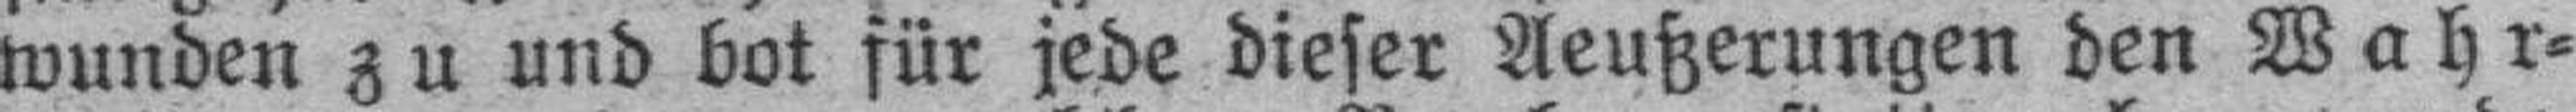
wunden zu und bot für jede dieser Aeußerungen den Wahr¬